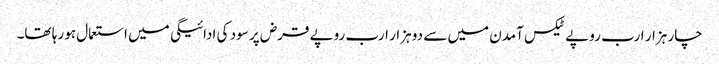
چار ہزار ارب روپے ٹیکس آمدن میں سے دو ہزار ارب روپے قرض پر سود کی ادائیگی میں استعمال ہو رہا تھا۔